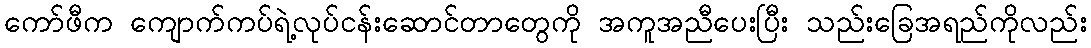
ကော်ဖီက ကျောက်ကပ်ရဲ့လုပ်ငန်းဆောင်တာတွေကို အကူအညီပေးပြီး သည်းခြေအရည်ကိုလည်း